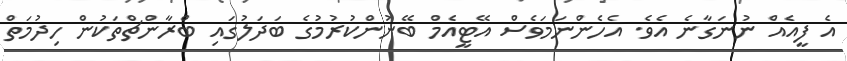
އެ ފީއެއް ނުނަގާނެ އެވެ. އެހެންނަމަވެސް އޭޓީއެމް ބޭނުންކުރުމުގެ ބަދަލުގައި ބްރާންޗްތަކުން ހިދުމަތް